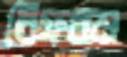
বিফরড